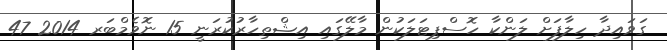
ގަވައިދާ ހިލާފަށް ލަންކާ ހޮސްޕިޓަލަކުން މާލޭގައި އިޝްތިހާރުކުރަނީ 15 ނޮވެމްބަރ 2014 47